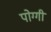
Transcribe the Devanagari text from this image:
पोग्गी